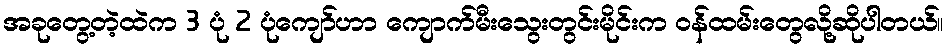
အခုတွေ့တဲ့ထဲက 3 ပုံ 2 ပုံကျော်ဟာ ကျောက်မီးသွေးတွင်းမိုင်းက ဝန်ထမ်းတွေလို့ဆိုပါတယ်။